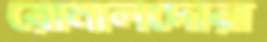
রোনালদোরা